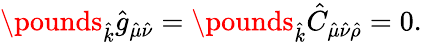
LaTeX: \pounds_{\hat{k}}\hat{g}_{\hat{\mu}\hat{\nu}}=\pounds_{\hat{k}}\hat{C}_{\hat{\mu}\hat{\nu}\hat{\rho}}=0.